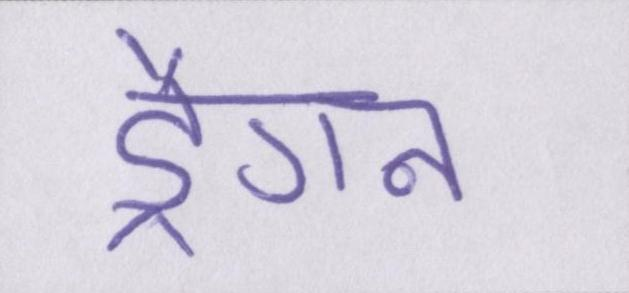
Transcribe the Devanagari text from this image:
ड्रैगन